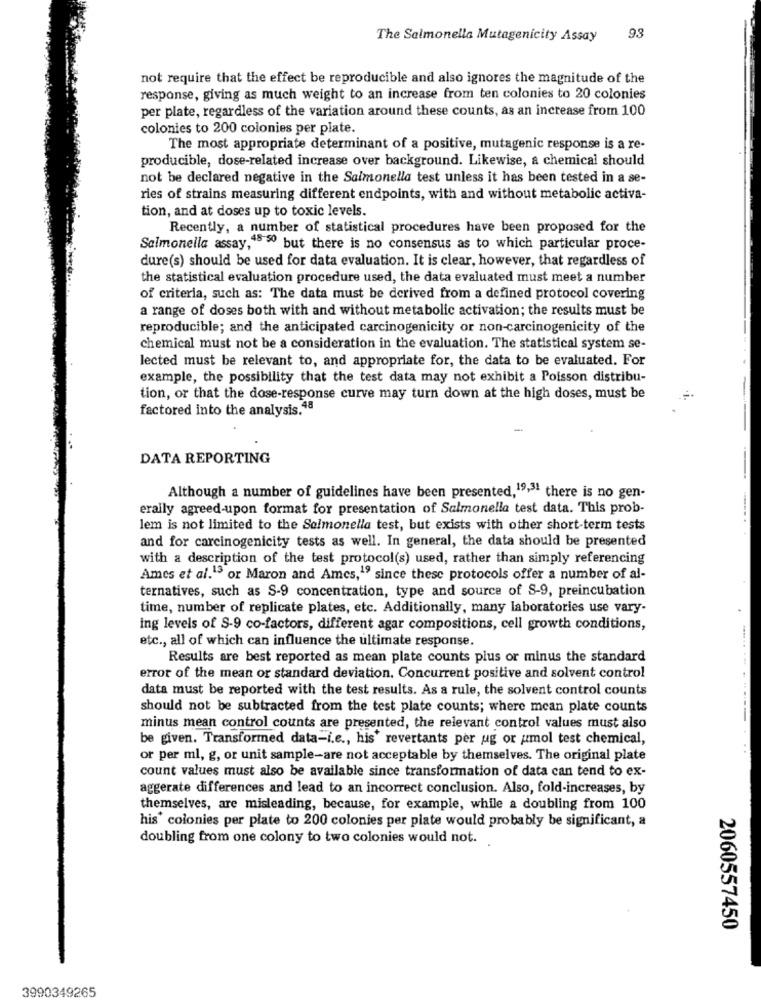
The Salmonella Mutagenicity Assay
93
not require that the effect be reproducible and also ignores the magnitude of the
response, giving as much weight to an increase from ten colonies to 20 colonies
per plate, regardless of the variation around these counts, as an increase from 100
colonies to 200 colonies per plate.
The most appropriate determinant of a positive, mutagenic response is a re-
producible, dose-related increase over background. Likewise, a chemical should
not be declared negative in the Salmonella test unless it has been tested in a se-
ries of strains measuring different endpoints, with and without metabolic activa-
tion, and at doses up to toxic levels.
Recently, a number of statistical procedures have been proposed for the
Salmonella assay,48 50 but there is no consensus as to which particular proce-
dure(s) should be used for data evaluation. It is clear, however, that regardless of
the statistical evaluation procedure used, the data evaluated must meet a number
of criteria, such as: The data must be derived from a defined protocol covering
a range of doses both with and without metabolic activation; the results must be
reproducible; and the anticipated carcinogenicity or non-carcinogenicity of the
chemical must not be a consideration in the evaluation. The statistical system se-
lected must be relevant to, and appropriate for, the data to be evaluated. For
example, the possibility that the test data may not exhibit a Poisson distribu-
tion, or that the dose-response curve may turn down at the high doses, must be
factored into the analysis.48
-
DATA REPORTING
Although a number of guidelines have been presented,19,31 there is no gen-
eraily agreed-upon format for presentation of Salmonella test data. This prob-
lem is not limited to the Salmonella test, but exists with other short-term tests
and for carcinogenicity tests as well. In general, the data should be presented
with a description of the test protocol(s) used, rather than simply referencing
Ames et al. 3 or Maron and Ames,19 since these protocols offer a number of al-
ternatives, such as S-9 concentration, type and source of S-9, preincubation
time, number of replicate plates, etc. Additionally, many laboratories use vary-
ing levels of S-9 co-factors, different agar compositions, cell growth conditions,
etc ., all of which can influence the ultimate response.
Results are best reported as mean plate counts plus or minus the standard
.....--
error of the mean or standard deviation. Concurrent positive and solvent control
data must be reported with the test results. As a rule, the solvent control counts
should not be subtracted from the test plate counts; where mean plate counts
minus mean control counts are presented, the relevant control values must also
be given. Transformed data-i.e ., his' revertants per ug or umol test chemical,
or per ml, g, or unit sample-are not acceptable by themselves. The original plate
count values must also be available since transformation of data can tend to ex-
aggerate differences and lead to an incorrect conclusion. Also, fold-increases, by
themselves, are misleading, because, for example, while a doubling from 100
his' colonies per plate to 200 colonies per plate would probably be significant, a
doubling from one colony to two colonies would not.
2060557450
3990349265